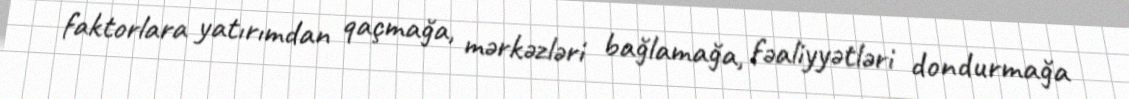
faktorlara yatırımdan qaçmağa, mərkəzləri bağlamağa, fəaliyyətləri dondurmağa